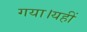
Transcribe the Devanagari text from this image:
गया।यहीं